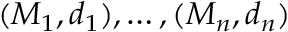
( M _ { 1 } , d _ { 1 } ) , \ldots , ( M _ { n } , d _ { n } )